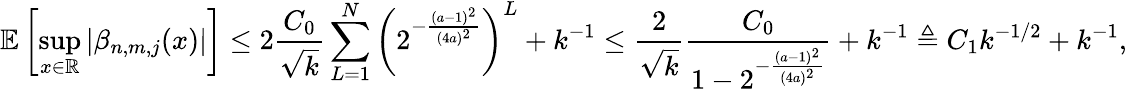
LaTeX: \mathbb{E}\left[\underset{x\in\mathbb{R}}{\operatorname*{sup}}|\beta_{n,m,j}(x)|\right]\leq 2\frac{C_{0}}{\sqrt{k}}\sum_{L=1}^{N}\left(2^{-\frac{(a-1)^{2}}{(4a)^{2}}}\right)^{L}+k^{-1}\leq\frac{2}{\sqrt{k}}\frac{C_{0}}{1-2^{-\frac{(a-1)^{2}}{(4a)^{2}}}}+k^{-1}\triangleq C_{1}k^{-1/2}+k^{-1},